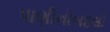
પાણીનોબદલો